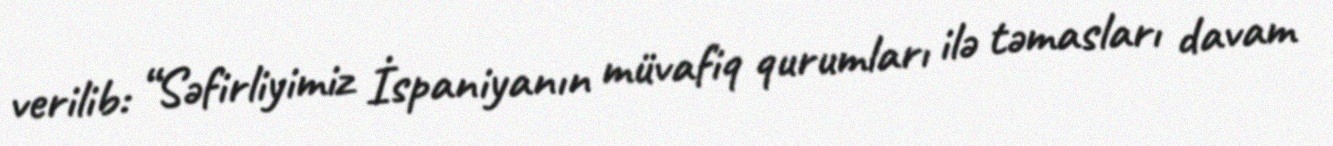
verilib: “Səfirliyimiz İspaniyanın müvafiq qurumları ilə təmasları davam